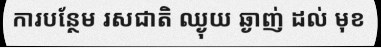
ការបន្ថែម រសជាតិ ឈ្ងុយ ឆ្ងាញ់ ដល់ មុខ